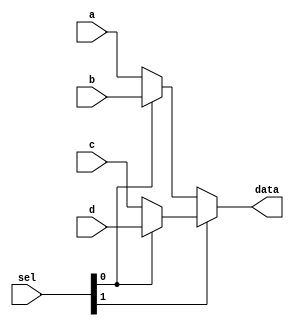
module Multi_4
#(
	parameter DATA_WIDTH = 32
)(
	input [DATA_WIDTH-1:0]a,
	input [DATA_WIDTH-1:0]b,
	input [DATA_WIDTH-1:0]c,
	input [DATA_WIDTH-1:0]d,
	input [1:0]sel,
	output [DATA_WIDTH-1:0]data
);

	assign data = (sel[1]==1'b1) ? ((sel[0]==1'b1) ? d : c) : ((sel[0]==1'b1) ? b : a);

endmodule